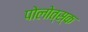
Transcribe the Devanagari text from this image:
पोलोत्स्क